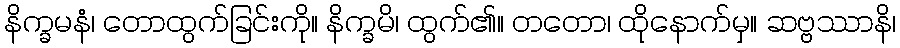
နိက္ခမနံ၊ တောထွက်ခြင်းကို။ နိက္ခမိ၊ ထွက်၏။ တတော၊ ထိုနောက်မှ။ ဆဗ္ဗဿာနိ၊